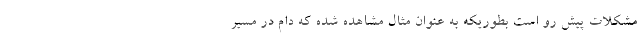
مشکلات پیش رو است بطوریکه به عنوان مثال مشاهده شده که دام در مسیر